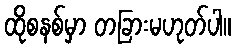
ထိုစနစ်မှာ တခြားမဟုတ်ပါ။